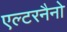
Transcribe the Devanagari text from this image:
एल्टरनैनो